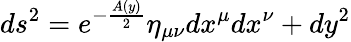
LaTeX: ds^{2}=e^{-\frac{A(y)}{2}}\eta_{\mu\nu}dx^{\mu}dx^{\nu}+dy^{2}